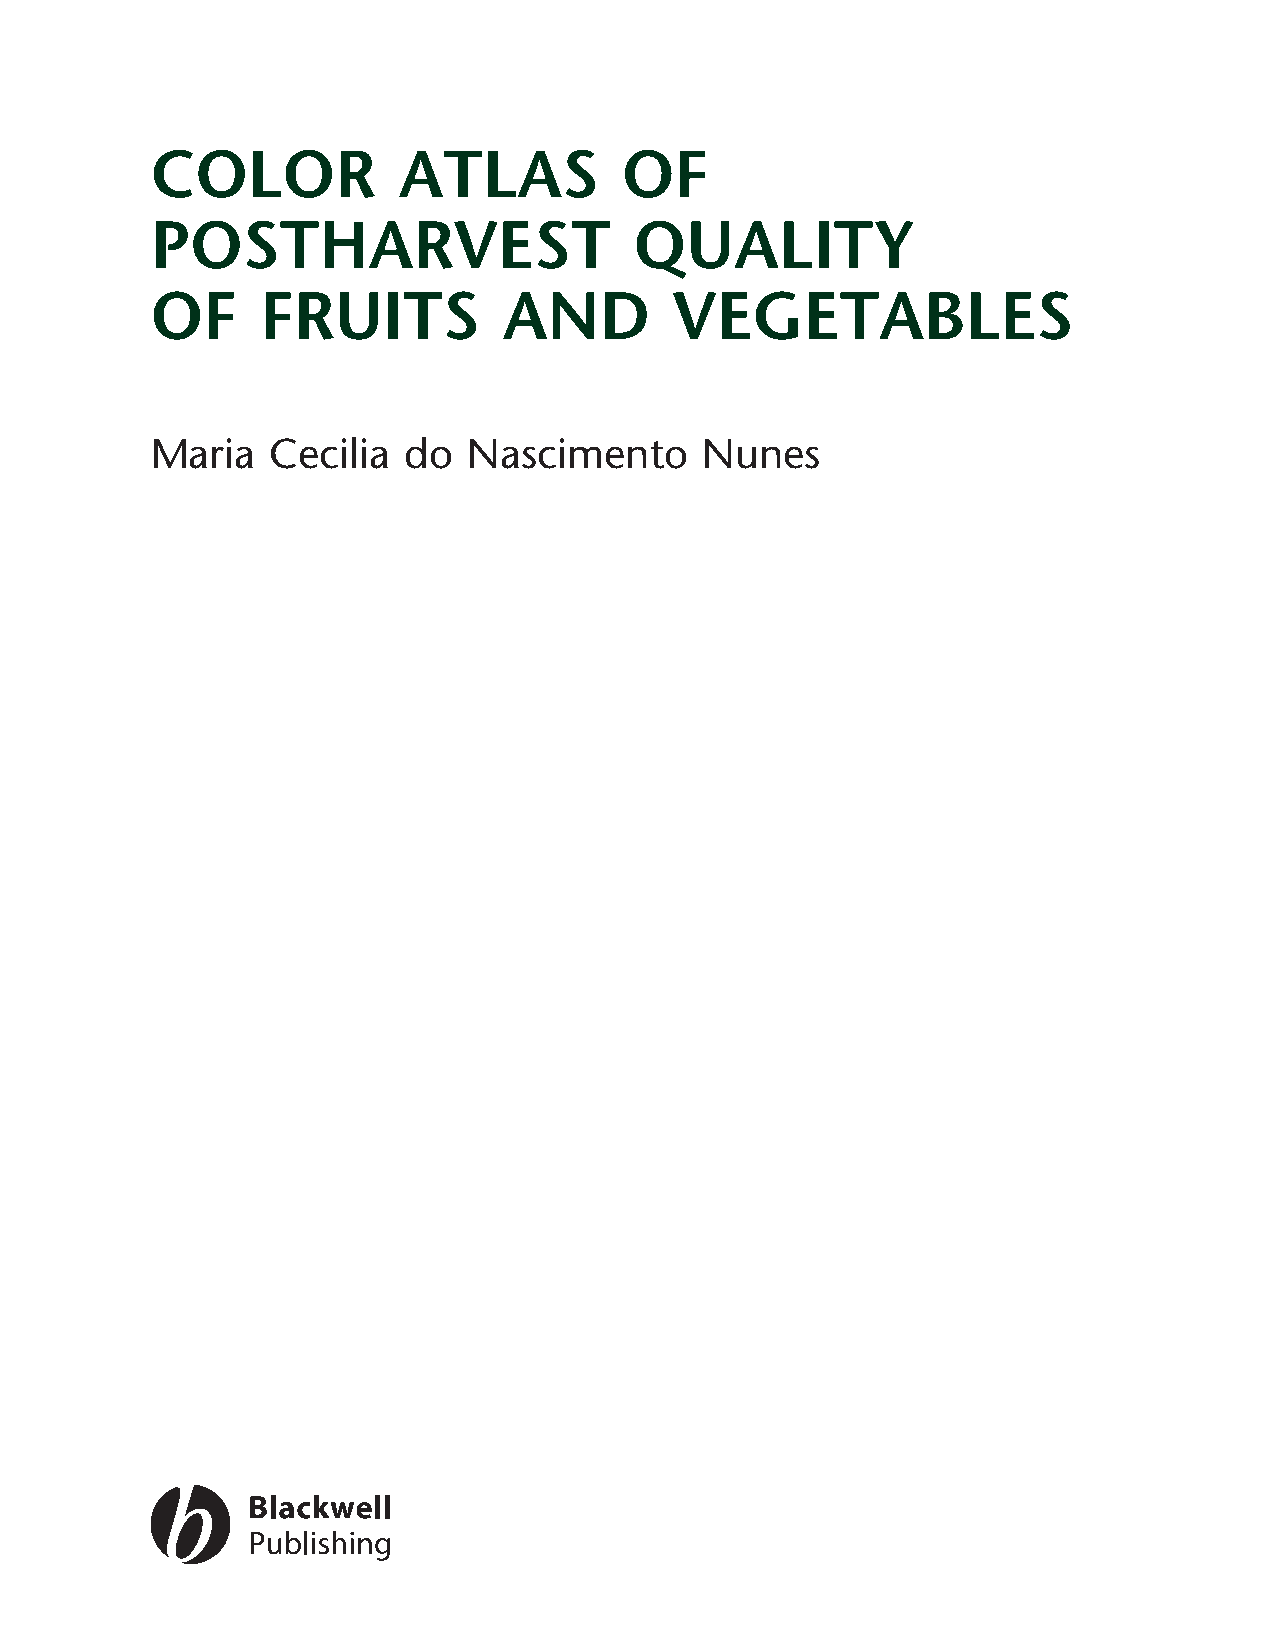
COLOR           ATLAS          OF
 POSTHARVEST                     QUALITY
 OF     FRUITS          AND        VEGETABLES
 Maria   Cecilia  do  Nascimento     Nunes